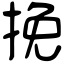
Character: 挽